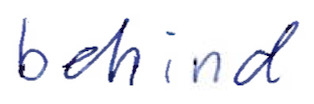
Text: behind
Cross-out: clean
Writing tool: ballpoint